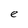
Character: e